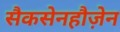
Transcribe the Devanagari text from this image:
सैकसेनहौज़ेन